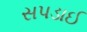
સપડાઈ